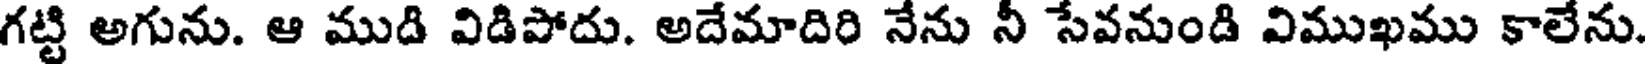
గట్టి అగును. ఆ ముది విడిపోదు. అదేమాదిరి నేను నీ సేవనుండి విముఖము కాలేను.